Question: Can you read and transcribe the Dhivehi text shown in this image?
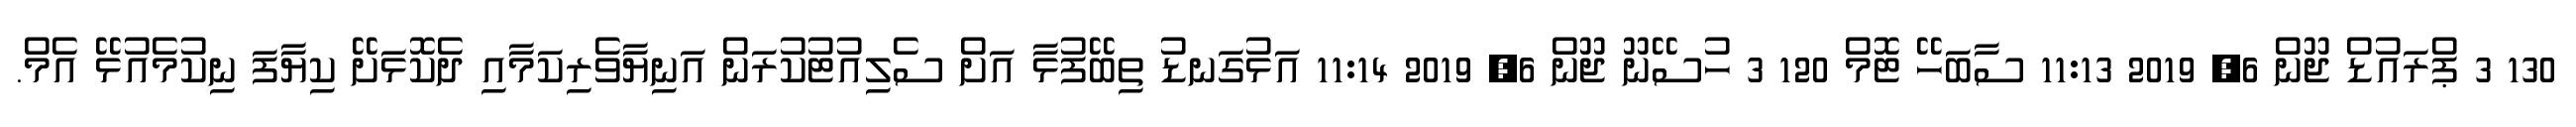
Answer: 130 3 ޕްރައުޑް ޖޫން 6, 2019 11:13 ސާބަހޭ ޓޮމް 120 3 ހުސޭނޫ ޖޫން 6, 2019 11:14 އަޅުގަނޑު ތިބޭފުޅާ އަށް ސެލިއުޓުކުރަން އަނިޔާވެރިކަމާއި ދެކޮޅަށޭ ކިޔާފަ ނިކުމެއުޅޭ އެމް.